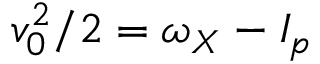
v _ { 0 } ^ { 2 } / 2 = \omega _ { X } - I _ { p }